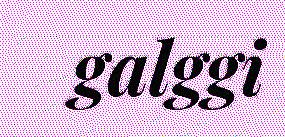
galggi